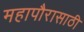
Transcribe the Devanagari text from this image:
महापौरासाठी